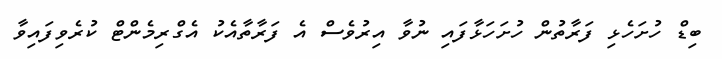
ބިޑް ހުށަހެޅި ފަރާތުން ހުށަހަޅާފައި ނުވާ އިރުވެސް އެ ފަރާތާއެކު އެގްރިމެންޓް ކުރެވިފައިވާ